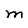
Character: M